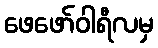
ဖေဖော်ဝါရီလမှ